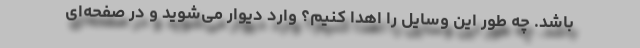
باشد. چه طور این وسایل را اهدا کنیم؟ وارد دیوار می‌شوید و در صفحه‌ای